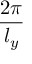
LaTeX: \frac { 2 \pi } { l _ { y } }